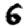
Digit: 6